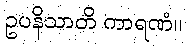
ဥပနိသာတိ ကာရဏံ။